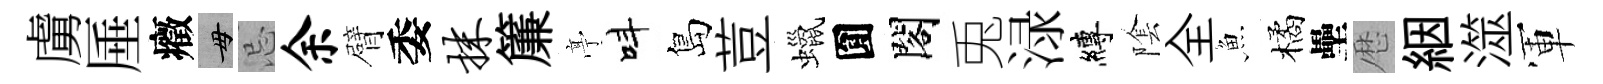
虜厜癥毋忌余臂委抹簾𠅘呌島荳蠟圎閣兎渌縛隂全魚橘壘厯絪澨軍